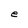
Character: e